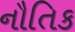
નૌતિક